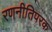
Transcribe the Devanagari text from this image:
रणनीतिपरक